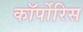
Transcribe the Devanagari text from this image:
कॉर्पोरिस